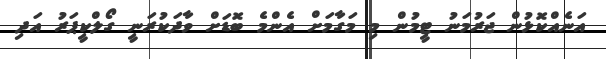
އަނެއްކޮޅުން ޖަރުމަނު ޓީމުން މި މަގާމަށް އެންމެ ބޮޑަށް ވާދަކުރަނީ ގޯލްކީޕަރު އަދި